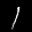
Label: 1